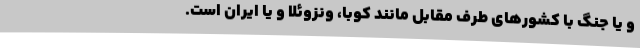
و یا جنگ با کشورهای طرف مقابل مانند کوبا، ونزوئلا و یا ایران است.